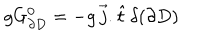
g G _ { \partial D } ^ { 0 } = - g \, \vec { j } . \hat { t } \, \delta ( \partial D )